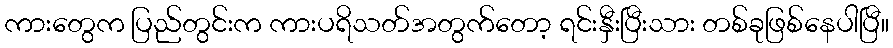
ကားတွေက ပြည်တွင်းက ကားပရိသတ်အတွက်တော့ ရင်းနှီးပြီးသား တစ်ခုဖြစ်နေပါပြီ။